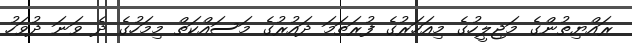
ރައްޔިތުންގެ މަޖިލީހުގެ މިއަހަރުގެ ފުރަތަމަ ދައުރުގެ މަސައްކަތް މިމަހުގެ ދެ ވަނަ ދުވަހު